Indian journal of veterinary science and animal husbandry - Volumes 22-23, 1952-1953
Year: 1952
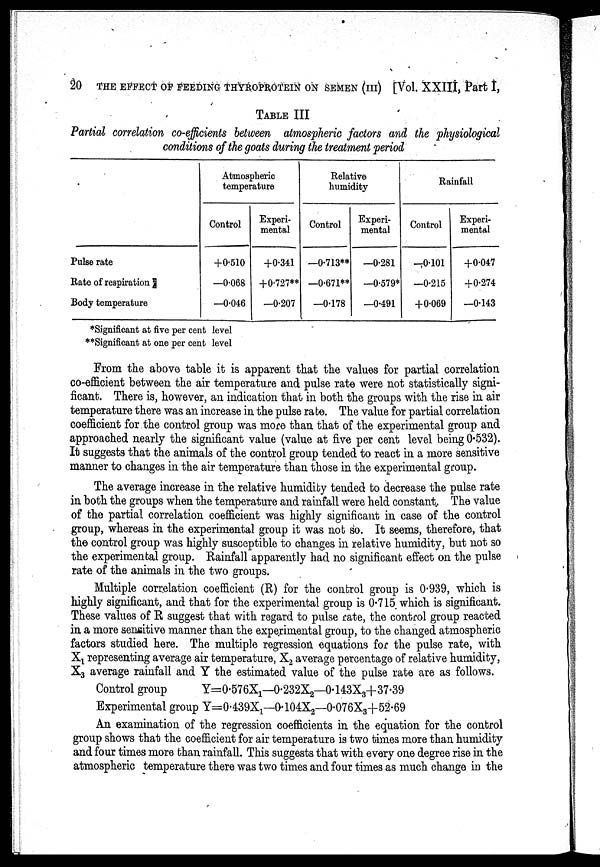
20 THE EFFECT OF FEEDING THYROPROTEIN ON SEMEN (III) [Vol. XXIII, Part I,
TABLE III
Partial correlation co-efficients between atmospheric factors and the physiological
conditions of the goats during the treatment period
Pulse rate
Rate of respiration
Body temperature
Atmospheric
temperature
Control
+0.510
—0.068
—0.046
Experi-
mental
+0.341
+0.727**
—0.207
Relative
humidity
Control
—0.713**
—0.671**
—0.178
Experi-
mental
—0.281
—0.579*
—0.491
Rainfall
Control
—0.101
—0.215
+0.069
Experi-
mental
+0.047
+0.274
—0.143
*Significant at five per cent level
**Significant at one per cent level
From the above table it is apparent that the values for partial correlation
co-efficient between the air temperature and pulse rate were not statistically signi-
ficant. There is, however, an indication that in both the groups with the rise in air
temperature there was an increase in the pulse rate. The value for partial correlation
coefficient for the control group was more than that of the experimental group and
approached nearly the significant value (value at five per cent level being 0.532).
It suggests that the animals of the control group tended to react in a more sensitive
manner to changes in the air temperature than those in the experimental group.
The average increase in the relative humidity tended to decrease the pulse rate
in both the groups when the temperature and rainfall were held constant. The value
of the partial correlation coefficient was highly significant in case of the control
group, whereas in the experimental group it was not so. It seems, therefore, that
the control group was highly susceptible to changes in relative humidity, but not so
the experimental group. Rainfall apparently had no significant effect on the pulse
rate of the animals in the two groups.
Multiple correlation coefficient (R) for the control group is 0.939, which is
highly significant, and that for the experimental group is 0.715 which is significant.
These values of R suggest that with regard to pulse rate, the control group reacted
in a more sensitive manner than the experimental group, to the changed atmospheric
factors studied here. The multiple regression equations for the pulse rate, with
X 1 representing average air temperature, X 2 average percentage of relative humidity,
X 3 average rainfall and Y the estimated value of the pulse rate are as follows.
Control group
Y=0.576X 1 —0.232X 2 —0.143X 3 +37.39
Experimental group Y=0.439X 1 —0.104X 2 —0.076X 3 +52.69
An examination of the regression coefficients in the equation for the control
group shows that the coefficient for air temperature is two times more than humidity
and four times more than rainfall. This suggests that with every one degree rise in the
atmospheric temperature there was two times and four times as much change in the